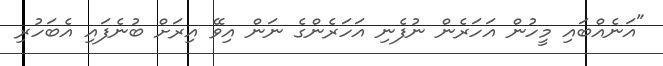
"އަނެއްބައި މީހުން އަހަރެން ނުފެނި އަހަރެންގެ ނަން އިވޭ އިރަށް ބުނެފައި އެބަހުރި